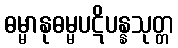
ဓမ္မာနုဓမ္မပဋိပန္နသုတ္တ